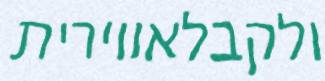
ולקבלאווירית